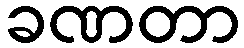
ခဏတာ